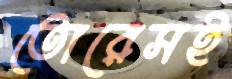
তোরেসই